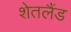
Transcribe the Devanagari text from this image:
शेतलैंड